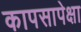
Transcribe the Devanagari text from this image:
कापसापेक्षा